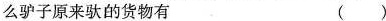
么驴子原来驮的货物有 ( )